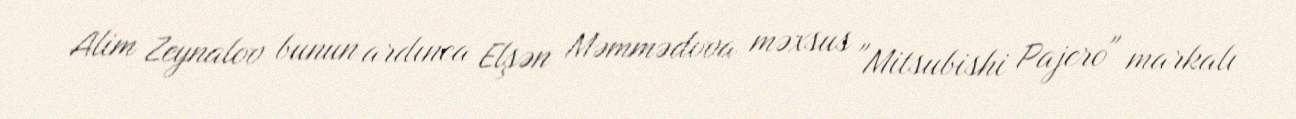
Alim Zeynalov bunun ardınca Elşən Məmmədova məxsus "Mitsubishi Pajero" markalı